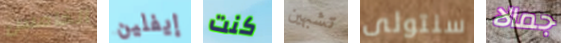
الخامس إيفلين كنت تشبهين سنتولى جمالا